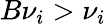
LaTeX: B{\nu}_{i}>\nu_{i}